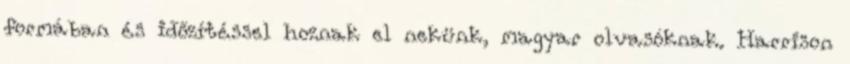
formában és időzítéssel hoznak el nekünk, magyar olvasóknak. Harrison